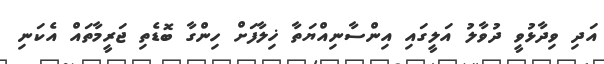
އަދި ވިދާޅުވީ ދުވާލު އަލީގައި އިންސާނިއްޔަތާ ޚިލާފަށް ހިންގާ ބޮޑެތި ޖަރީމާތައް އެކަނި